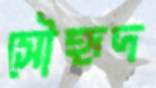
সৌহৃদ